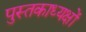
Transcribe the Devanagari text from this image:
पुस्तकाध्यक्षों